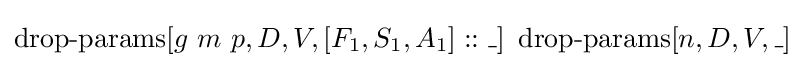
\operatorname {drop-params} [g\ m\ p,D,V,[F_{1},S_{1},A_{1}]::\_]\ \operatorname {drop-params} [n,D,V,\_]